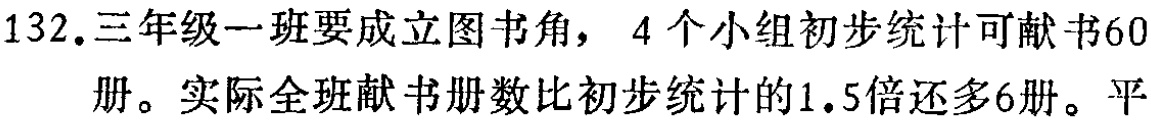
132.三年级一班要成立图书角，4个小组初步统计可献书60册。实际全班献书册数比初步统计的1.5倍还多6册。平